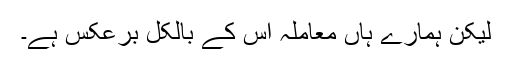
لیکن ہمارے ہاں معاملہ اس کے بالکل برعکس ہے۔